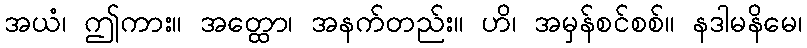
အယံ၊ ဤကား။ အတ္ထော၊ အနက်တည်း။ ဟိ၊ အမှန်စင်စစ်။ နဒါမနိမေ၊